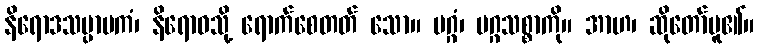
နိရောဒသမ္ပာပကံ၊ နိရောဓသို့ ရောက်စေတတ် သော။ မဂ္ဂံ၊ မဂ္ဂသစ္စာကို။ အာဟ၊ ဆိုတော်မူ၏။